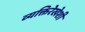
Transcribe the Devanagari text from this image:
व्यक्तिरेखेशी